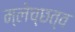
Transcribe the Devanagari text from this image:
म्लेच्छत्व